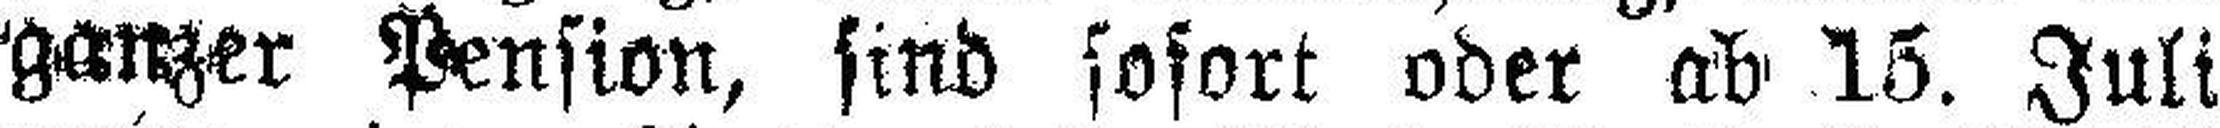
ganzer Pension, sind sofort oder ab 15. Juli